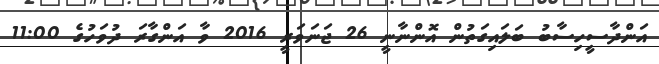
އަންދާސީހިސާބު ބަލައިގަތުން އޮންނާނީ 26 ޖަނަވަރީ 2016 ވާ އަންގާރަ ދުވަހުގެ 11:00